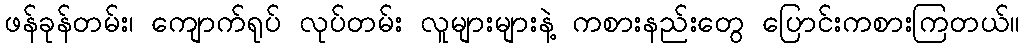
ဖန်ခုန်တမ်း၊ ကျောက်ရုပ် လုပ်တမ်း လူများများနဲ့ ကစားနည်းတွေ ပြောင်းကစားကြတယ်။